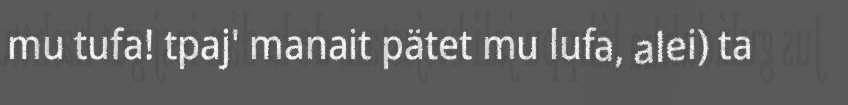
mu tufa! tpaj' manait pätet mu lufa, alei) ta